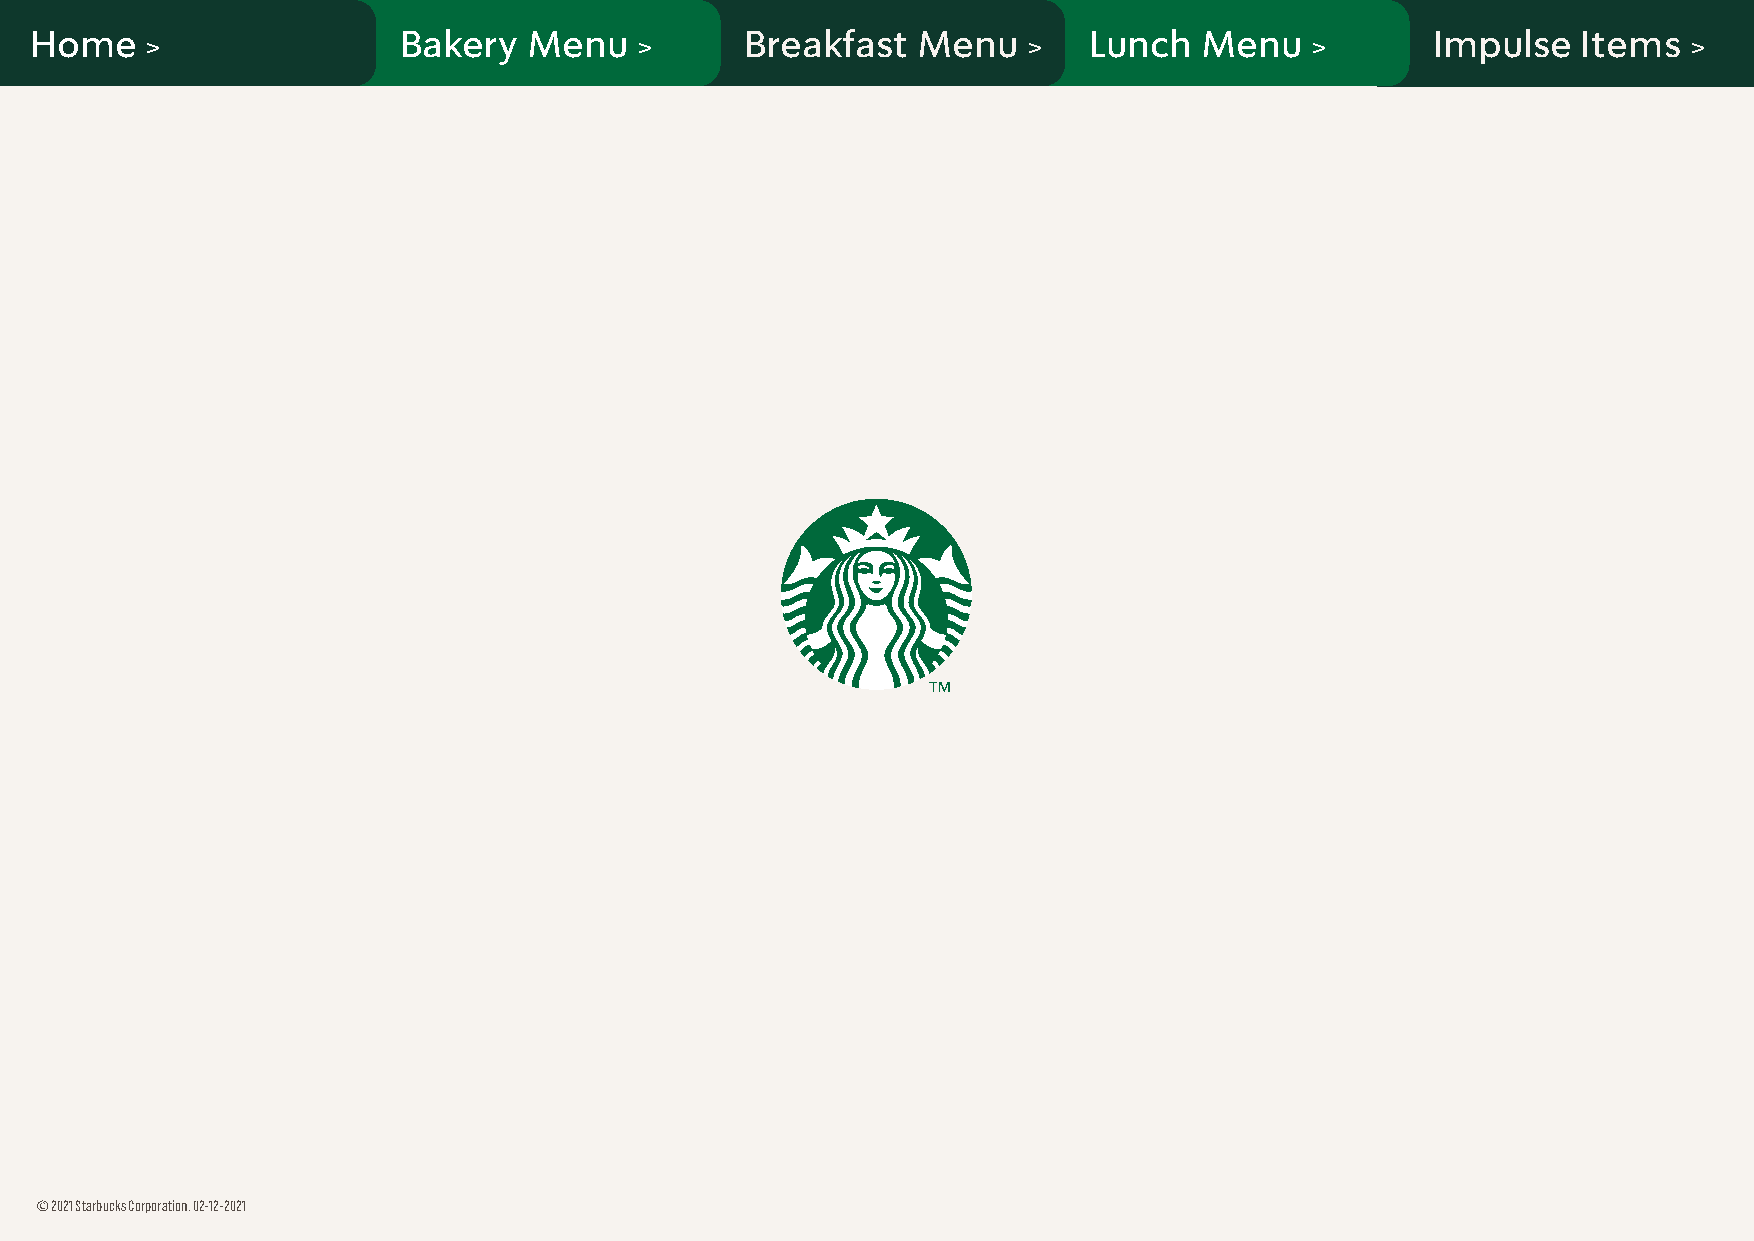
Home                    Bakery   Menu          Breakfast   Menu       Lunch   Menu           Impulse   Items
 >                               >                         >                  >                        >
 © 2021 Starbucks Corporation. 02-12-2021